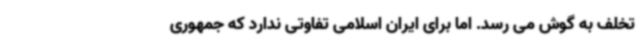
تخلف به گوش می رسد. اما برای ایران اسلامی تفاوتی ندارد که جمهوری